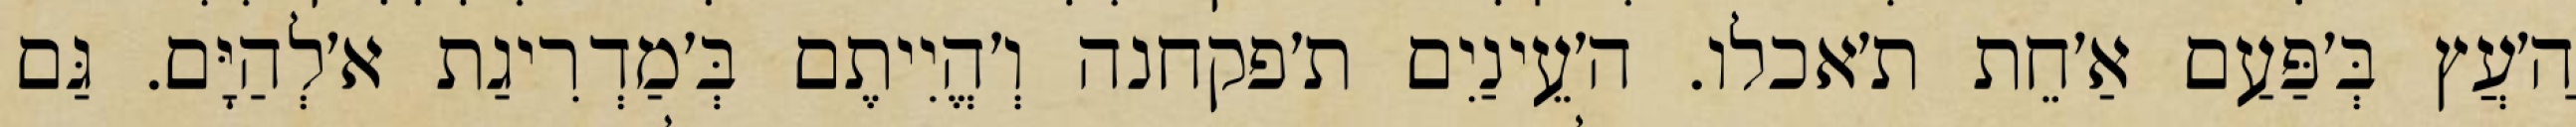
הַ׳עֲץ בְּ׳פַּעַם אַ׳חֵת ת׳אכלו. ה׳עֵינַיִם ת׳פקחנה וְ׳הֱיִיתֶם בְּ׳מַדְרִיגַת א׳לְהַיָּם. גַּם